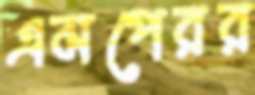
এমপেরর